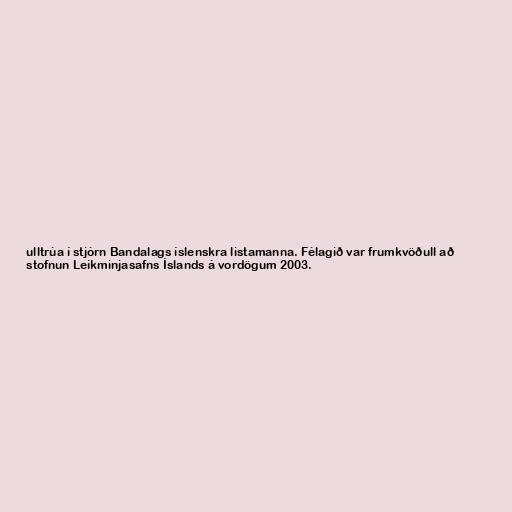
ulltrúa í stjórn Bandalags íslenskra listamanna. Félagið var frumkvöðull að
stofnun Leikminjasafns Íslands á vordögum 2003.